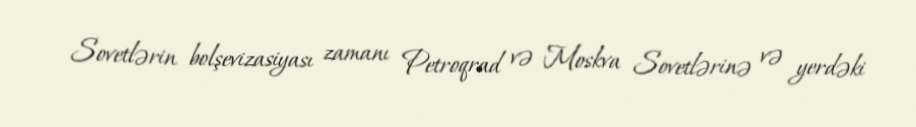
Sovetlərin bolşevizasiyası zamanı Petroqrad və Moskva Sovetlərinə və yerdəki